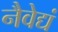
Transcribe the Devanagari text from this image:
नैवेद्यं